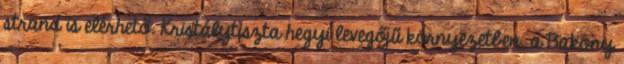
strand is elérhető. Kristálytiszta hegyi levegőjű környezetben, a Bakony